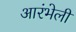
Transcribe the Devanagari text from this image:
आरंभेली